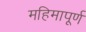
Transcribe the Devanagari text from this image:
महिमापूर्ण